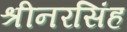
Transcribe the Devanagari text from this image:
श्रीनरसिंह